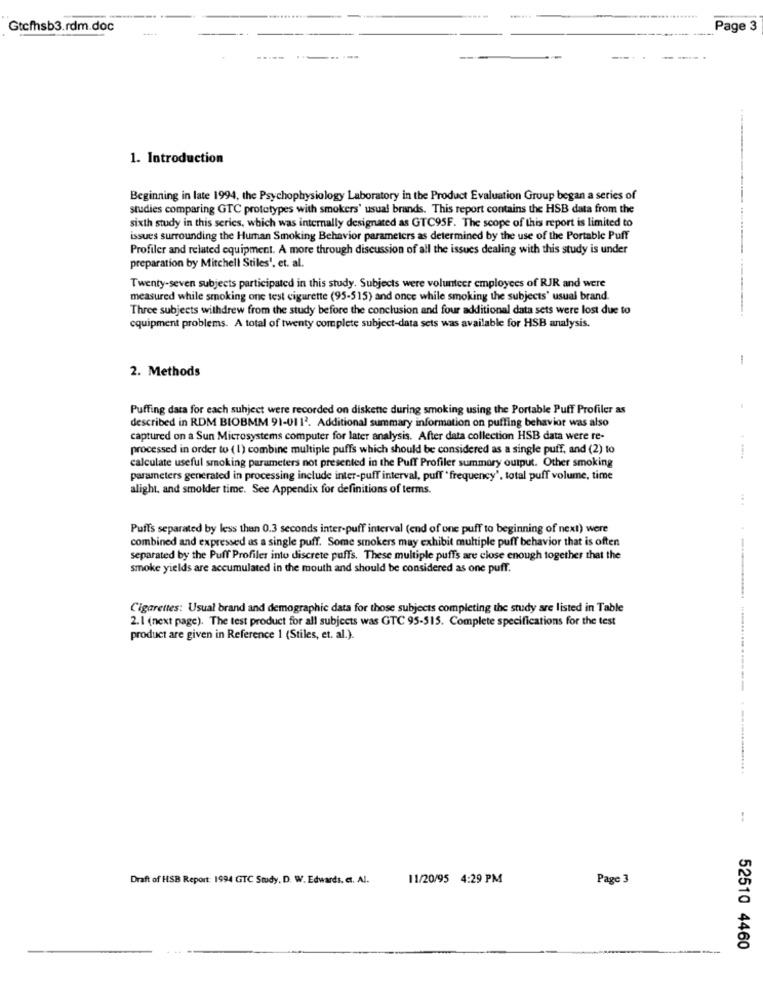
Gtefhsb3.rdm.doc
Page 3
1. Introduction
Beginning in late 1994, the Psychophysiology Laboratory in the Product Evaluation Group began a series of
studies comparing GTC prototypes with smokers' usual brands. This report contains the HSB data from the
sixth study in this series, which was internally designated as GTC95F. The scope of this report is limited to
issues surrounding the Human Smoking Behavior parameters as determined by the use of the Portable Puff
Profiler and related equipment. A more through discussion of all the issues dealing with this study is under
preparation by Mitchell Stiles', et. al.
Twenty-seven subjects participated in this study. Subjects were volunteer employees of RJR and were
measured while smoking one test cigurette (95-515) and once while smoking the subjects' usual brand.
Three subjects withdrew from the study before the conclusion and four additional data sets were lost due to
equipment problems. A total of twenty complete subject-data sets was available for HSB analysis.
-
2. Methods
Puffing data for each subject were recorded on diskette during smoking using the Portable Puff Profiler as
described in RDM BIOBMM 91-0112. Additional summary information on puffing behavior was also
captured on a Sun Microsystems computer for later analysis. After data collection HSB data were re-
processed in order to ( 1) combine multiple puffs which should be considered as a single puff, and (2) to
calculate useful smoking parameters not presented in the Puff Profiler summary output. Other smoking
parameters generated in processing include inter-puff interval, puff " frequency', total puff volume, time
alight. and smolder time. See Appendix for definitions of terms.
Puffs separated by less than 0.3 seconds inter-puff interval (end of one puff to beginning of next) were
combined and expressed as a single puff. Some smokers may exhibit multiple puff behavior that is often
separated by the Puff Profiler into discrete puffs. These multiple puffs are close enough together that the
smoke yields are accumulated in the mouth and should be considered as one puff.
Cigarettes: Usual brand and demographic data for those subjects completing the study are listed in Table
2. 1 (next page). The test product for all subjects was GTC 95-515. Complete specifications for the test
product are given in Reference 1 (Stiles, et. al.).
Draft of HSB Report: 1994 GTC Study, D. W. Edwards, et. Al.
11/20/95 4:29 PM
Page 3
52510 4460